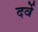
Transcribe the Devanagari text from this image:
दर्वे